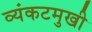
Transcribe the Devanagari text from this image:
व्यंकटमुखी